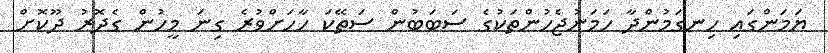
ޔަމަންގައި ހިނގަމުންދާ ހަމަނުޖެހުންތަކުގެ ސަބަބުން ސަތޭކަ ހާހަށްވުރެ ގިނަ މީހުން ގެދޮރު ދޫކޮށް